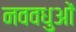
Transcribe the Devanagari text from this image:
नववधुओं